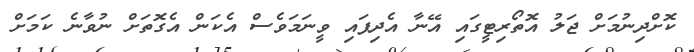
ކޮށްދިނުމަށް ޖަލު އޮތޯރިޓީގައި އޭނާ އެދިފައި ވީނަމަވެސް އެކަން އެގޮތަށް ނުވާނެ ކަމަށް